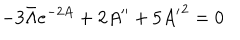
- 3 \bar { \Lambda } e ^ { - 2 A } + 2 A ^ { \prime \prime } + 5 { A ^ { \prime } } ^ { 2 } = 0